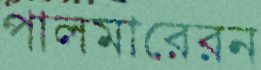
পালমারেরন